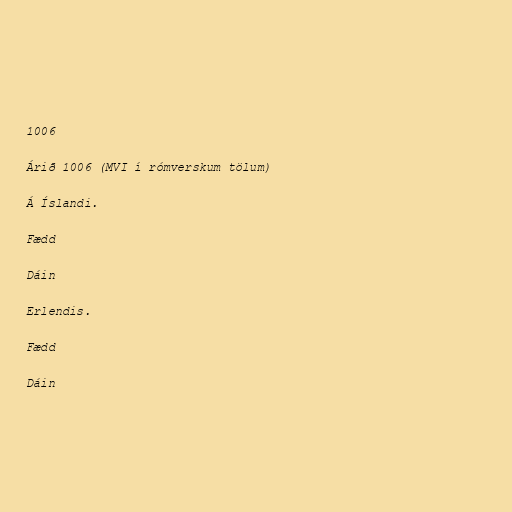
1006

Árið 1006 (MVI í rómverskum tölum)

Á Íslandi.

Fædd

Dáin

Erlendis.

Fædd

Dáin